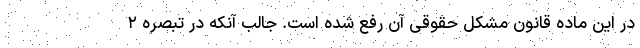
در این ماده قانون مشکل حقوقی آن رفع شده است. جالب آنکه در تبصره ۲